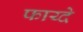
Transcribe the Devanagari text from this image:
फाय्दे